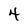
Character: 4